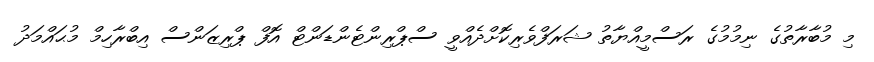
މި މުބާރާތުގެ ނިމުމުގެ ރަސްމީއްޔާތު ޝަރަފްވެރިކޮށްދެއްވީ ސްޕްރިންޓެންޑަންޓް އޮފް ޕްރިޒަންސް އިބްރާހިމް މުޙައްމަދު